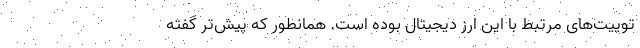
توییت‌های مرتبط با این ارز دیجیتال بوده است. همانطور که پیش‌تر گفته